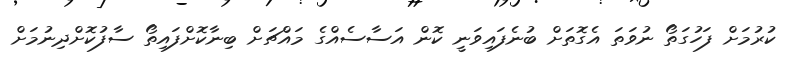
ކުރުމަށް ފަހުގަތޯ ނުވަތަ އެގޮތަށް ބުނެފައިވަނީ ކޮން އަސާސެއްގެ މައްޗަށް ބިނާކޮށްފައިތޯ ސާފުކޮށްދިނުމަށް